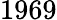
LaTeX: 1969